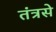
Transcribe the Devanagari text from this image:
तंत्रसे